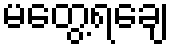
မတွေ့ရချေ